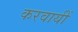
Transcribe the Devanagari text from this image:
करवायीं